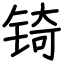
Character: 锜